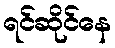
ရင်ဆိုင်နေ